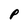
Character: P